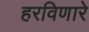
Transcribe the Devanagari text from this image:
हरविणारे